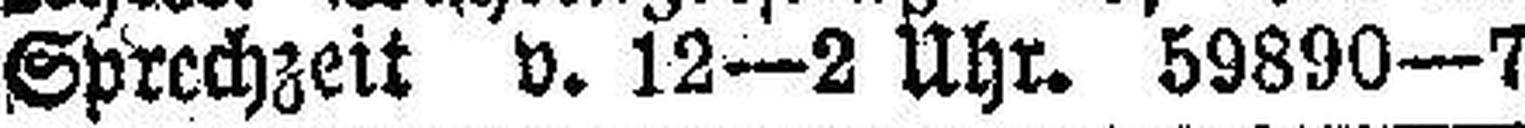
Sprechzeit v. 12—2 Uhr. 59890—7